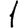
Digit: 1